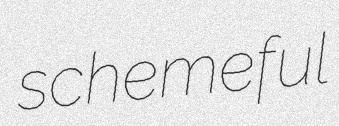
schemeful